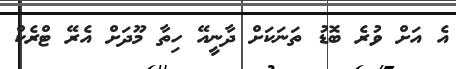
އެ އަށް ވުރެ ބޮޑު ތަނަކަށް ދާނީއޭ ހިތާ މޫދަށް އެރޭ ޓްރެކް